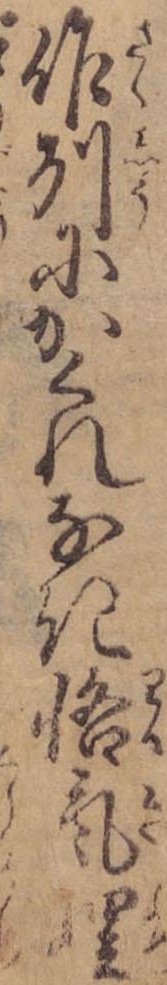
作州にかくれなき悋気娌